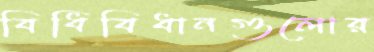
বিধিবিধানগুলোর